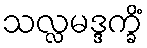
သလ္လမဒ္ဒက္ခိံ